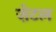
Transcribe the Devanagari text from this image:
ज़ेटल